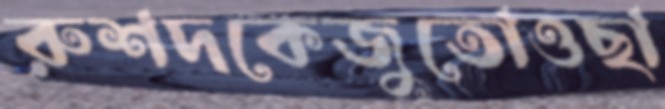
রুশদকেজুতোওছা